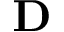
\mathbf { D }